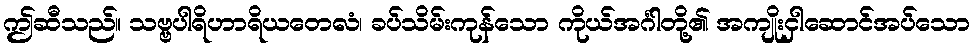
ဤဆီသည်။ သဗ္ဗပါရိဟာရိယတေလံ၊ ခပ်သိမ်းကုန်သော ကိုယ်အင်္ဂါတို့၏ အကျိုးငှါဆောင်အပ်သော